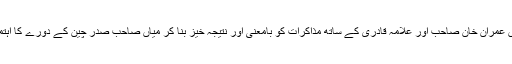
اگست کے آخر میں عمران خان صاحب اور علامہ قادری کے ساتھ مذاکرات کو بامعنی اور نتیجہ خیز بنا کر میاں صاحب صدر چین کے دورے کا اہتمام کرسکتے تھے۔